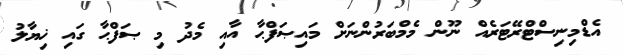
އެޑްމިނިސްޓްރޭޓަރެއް ނޫން މެމްބަރުންނަށް މައިޞަފްޙާ އާއި މެދު މި ޞަފްޙާ ގައި ޚިޔާލު